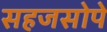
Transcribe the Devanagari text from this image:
सहजसोपे